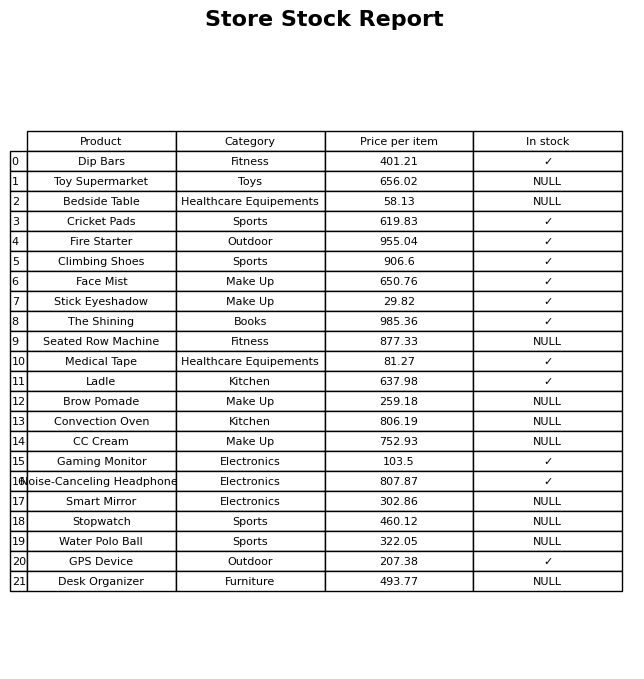
question: What is the price for CC Cream?
answer: The price of CC Cream is 752.93.